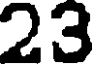
23